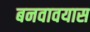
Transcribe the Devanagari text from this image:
बनवावयास